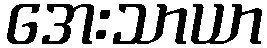
အေးသာယာ